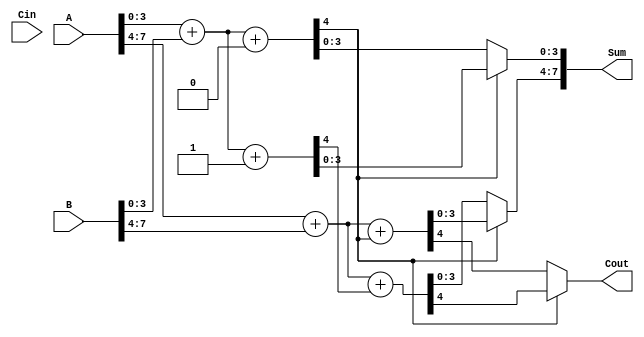
module StaticCarrySelectAdder (
    input [7:0] A,          // 8-bit input A
    input [7:0] B,          // 8-bit input B
    input Cin,              // Carry input
    output [7:0] Sum,       // 8-bit Sum output
    output Cout             // Carry output
);

    wire [3:0] S0, S1;      // Sums for carry-in 0 and carry-in 1
    wire C0, C1;            // Carry-outs
    wire G0, P0, G1, P1;    // Generate and Propagate signals

    // First 4-bit segment logic (LSB)
    assign {C0, S0} = A[3:0] + B[3:0] + 1'b0; // Sum assuming Cin = 0
    assign {C1, S1} = A[3:0] + B[3:0] + 1'b1; // Sum assuming Cin = 1

    // Generate and Propagate signals for the first segment
    assign G0 = A[3:0] & B[3:0];
    assign P0 = A[3:0] ^ B[3:0];

    // Second 4-bit segment logic (MSB)
    wire [3:0] S2, S3;      // Sums for carry-in 0 and carry-in 1
    assign {C2, S2} = A[7:4] + B[7:4] + C0; // Sum if carry-out from first segment is 0
    assign {C3, S3} = A[7:4] + B[7:4] + C1; // Sum if carry-out from first segment is 1

    // Generate and Propagate signals for the second segment
    assign G1 = A[7:4] & B[7:4];
    assign P1 = A[7:4] ^ B[7:4];

    // MUX for selecting Sum output based on C0
    assign Sum[3:0] = (C0) ? S1 : S0;

    // MUX for selecting MSB Sum output based on C0
    assign Sum[7:4] = (C0) ? S2 : S3;

    // Final carry out (Cout)
    assign Cout = (C0) ? C3 : C2;

endmodule